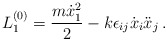
\begin{align*} { L}^{(0)}_1 = \frac{m\dot{x}^2_1}{2} - k \epsilon_{ij} \dot{x}_i \ddot{x}_j\, .\end{align*}